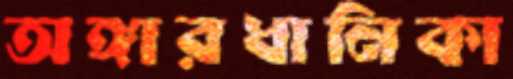
অঙ্গারধানিকা